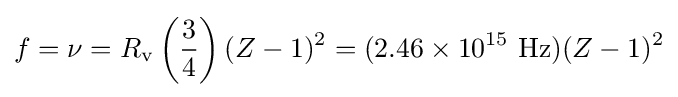
f=\nu =R_{\mathrm {v} }\left({\frac {3}{4}}\right)(Z-1)^{2}=(2.46\times 10^{15}~{\text{Hz}})(Z-1)^{2}